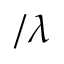
/ \lambda